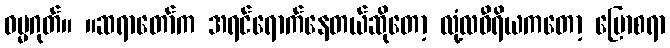
ဓမ္မဂုတ်။ ။ဆရာတော်က အရင်ရောက်နေတယ်ဆိုတော့ လုံ့လဝီရိယကတော့ ပြောစရာ